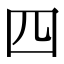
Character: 四